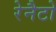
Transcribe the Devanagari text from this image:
रेनैटो